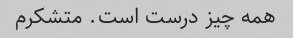
همه چیز درست است. متشکرم